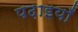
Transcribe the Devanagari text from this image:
पढ़ाइयाँ